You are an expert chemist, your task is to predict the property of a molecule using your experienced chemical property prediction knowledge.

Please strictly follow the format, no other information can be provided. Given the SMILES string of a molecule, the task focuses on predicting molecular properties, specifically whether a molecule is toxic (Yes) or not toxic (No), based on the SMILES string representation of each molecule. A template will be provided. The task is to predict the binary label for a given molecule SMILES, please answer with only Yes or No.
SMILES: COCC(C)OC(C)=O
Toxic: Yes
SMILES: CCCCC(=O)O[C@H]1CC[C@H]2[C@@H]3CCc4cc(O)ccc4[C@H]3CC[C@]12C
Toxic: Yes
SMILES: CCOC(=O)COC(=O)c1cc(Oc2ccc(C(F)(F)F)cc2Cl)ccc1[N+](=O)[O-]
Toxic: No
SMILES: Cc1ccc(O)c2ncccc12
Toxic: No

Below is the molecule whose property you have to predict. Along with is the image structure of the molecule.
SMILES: CCCSC(=O)Cl
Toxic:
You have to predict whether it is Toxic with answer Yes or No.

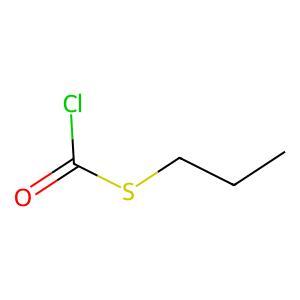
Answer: No